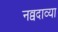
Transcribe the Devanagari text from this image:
नव्वदाव्या